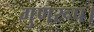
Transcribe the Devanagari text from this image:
गुणरूप।